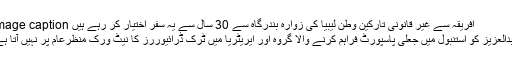
Image caption افریقہ سے غیر قانونی تارکین وطن لیبیا کی زوارہ بندرگاہ سے 30 سال سے یہ سفر اختیار کر رہے ہیں
عبدالعزیز کو استنبول میں جعلی پاسپورٹ فراہم کرنے والا گروہ اور ایریٹریا میں ٹرک ڈرائیوررز کا نیٹ ورک منظرعام پر نہیں آتا ہے۔